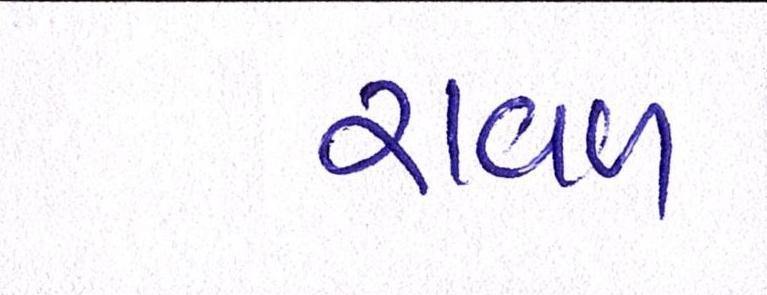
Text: રાવળ